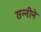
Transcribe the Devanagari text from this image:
छन्नीने